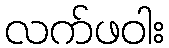
လက်ဖဝါး